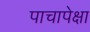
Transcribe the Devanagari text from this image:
पाचापेक्षा